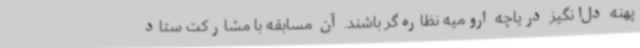
پهنه دل‌انگیز دریاچه ارومیه نظاره‌گر باشند. آن مسابقه با مشارکت ستاد